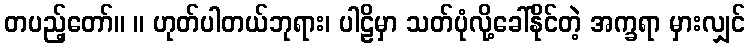
တပည့်တော်။ ။ ဟုတ်ပါတယ်ဘုရား၊ ပါဠိမှာ သတ်ပုံလို့ခေါ်နိုင်တဲ့ အက္ခရာ မှားလျှင်